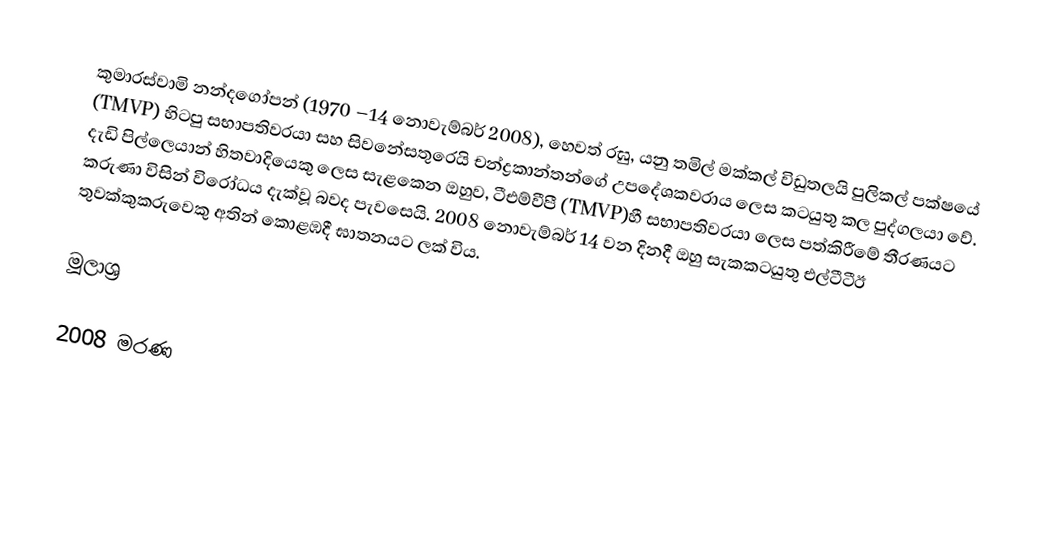
කුමාරස්වාමි නන්දගෝපන් (1970 –14 නොවැම්බර් 2008), හෙවත් රඝු, යනු තමිල් මක්කල් විඩුතලයි පුලිකල් පක්ෂයේ (TMVP) හිටපු සභාපතිවරයා සහ සිවනේසතුරෙයි චන්ද්‍රකාන්තන්ගේ උපදේශකවරාය ලෙස කටයුතු කල පුද්ගලයා වේ. දැඩි පිල්ලෙයාන් හිතවාදියෙකු ලෙස සැළකෙන ඔහුව, ටීඑම්වීපී (TMVP)හී සභාපතිවරයා ලෙස පත්කිරීමේ තීරණයට කරුණා විසින් විරෝධය දැක්වූ බවද පැවසෙයි. 2008 නොවැම්බර් 14 වන දිනදී ඔහු සැකකටයුතු එල්ටීටීඊ තුවක්කුකරුවෙකු අතින් කොළඹදී ඝාතනයට ලක් විය.

මූලාශ්‍ර

2008 මරණ